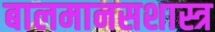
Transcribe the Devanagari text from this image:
बालमानसशास्त्र